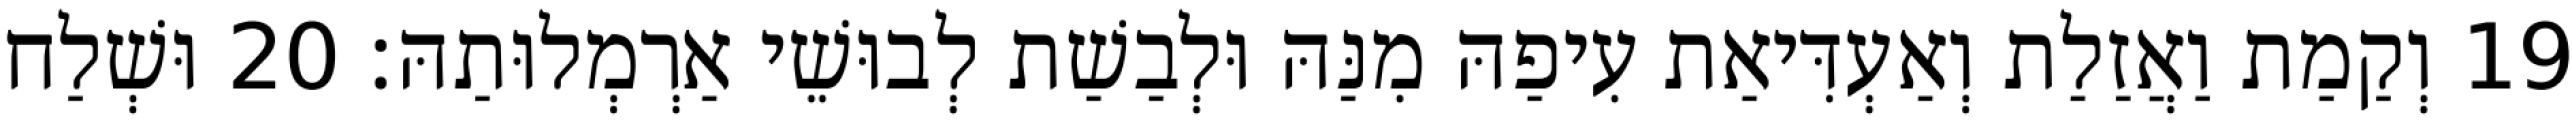
19 וְקַמַת וַאֲזַלַת וְאַעְדִּיאַת עִיפַהּ מִנַּהּ וּלְבַשַׁת לְבוּשֵׁי אַרְמְלוּתַהּ׃ 20 וּשְׁלַח